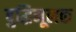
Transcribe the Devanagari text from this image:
बुद्धिमूलक